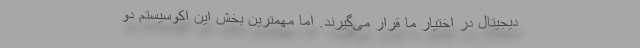
دیجیتال در اختیار ما قرار می‌گیرند. اما مهمترین بخش این اکوسیستم دو